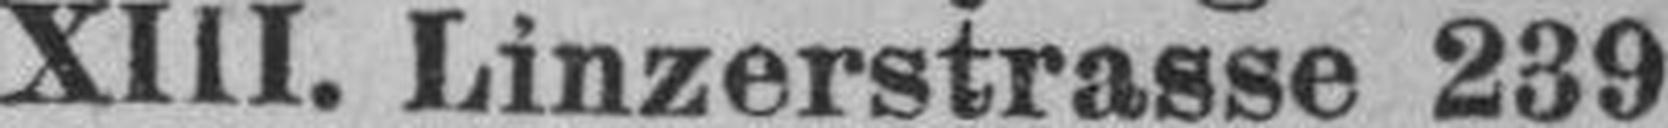
XIII. Linzerstrasse 239